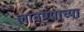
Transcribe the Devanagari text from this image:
लावण्‍याच्‍या